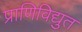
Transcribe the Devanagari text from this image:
प्राणिविद्युत